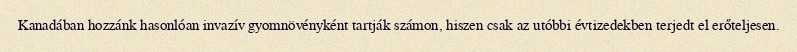
Kanadában hozzánk hasonlóan invazív gyomnövényként tartják számon, hiszen csak az utóbbi évtizedekben terjedt el erőteljesen.